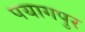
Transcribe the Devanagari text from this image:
पयागपुर